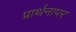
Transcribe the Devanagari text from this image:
प्रार्थनापर